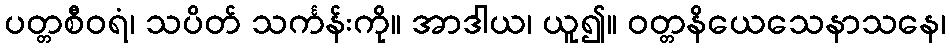
ပတ္တစီဝရံ၊ သပိတ် သင်္ကန်းကို။ အာဒါယ၊ ယူ၍။ ဝတ္တနိယေသေနာသနေ၊